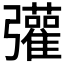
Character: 𢑆